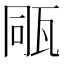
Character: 𤭁